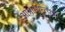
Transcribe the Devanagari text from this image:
आश्राम्यन्त्यत्र।